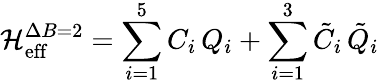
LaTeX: {\cal H}_{\mathrm{eff}}^{\Delta B=2}=\sum_{i=1}^{5}C_{i}\, Q_{i}+\sum_{i=1}^{3}\tilde{C}_{i}\, \tilde{Q}_{i}